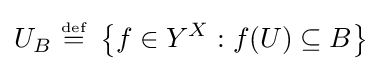
U_{B}~{\stackrel {\scriptscriptstyle {\text{def}}}{=}}~\left\{f\in Y^{X}:f(U)\subseteq B\right\}